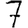
Digit: 7